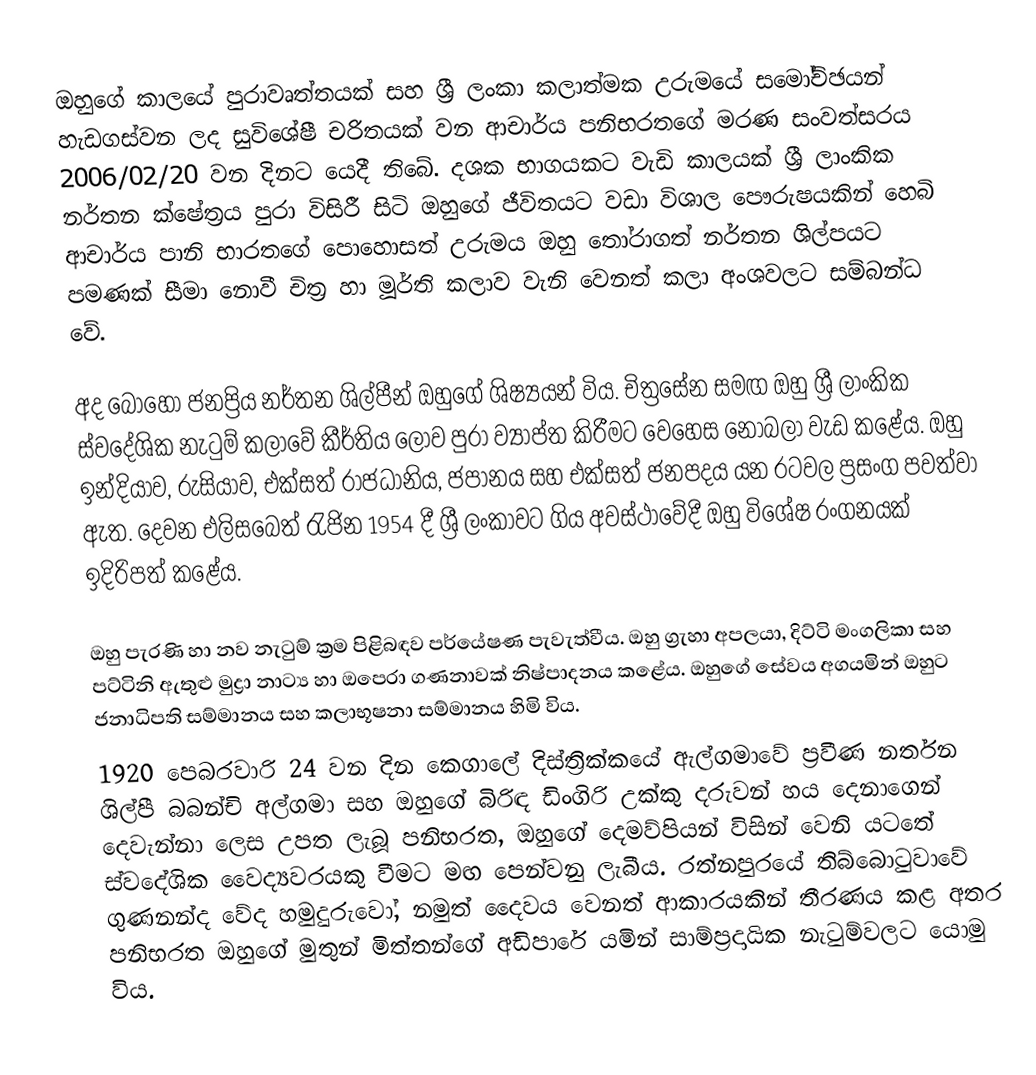
ඔහුගේ කාලයේ පුරාවෘත්තයක් සහ ශ්‍රී ලංකා කලාත්මක උරුමයේ සමෝච්ඡයන් හැඩගස්වන ලද සුවිශේෂී චරිතයක් වන ආචාර්ය පනිභරතගේ මරණ සංවත්සරය 2006/02/20 වන දිනට යෙදී තිබේ. දශක භාගයකට වැඩි කාලයක් ශ්‍රී ලාංකික නර්තන ක්ෂේත්‍රය පුරා විසිරී සිටි ඔහුගේ ජීවිතයට වඩා විශාල පෞරුෂයකින් හෙබි ආචාර්ය පානි භාරතගේ පොහොසත් උරුමය ඔහු තෝරාගත් නර්තන ශිල්පයට පමණක් සීමා නොවී චිත්‍ර හා මූර්ති කලාව වැනි වෙනත් කලා අංශවලට සම්බන්ධ වේ.

අද බොහෝ ජනප්‍රිය නර්තන ශිල්පීන් ඔහුගේ ශිෂ්‍යයන් විය. චිත්‍රසේන සමඟ ඔහු ශ්‍රී ලාංකික ස්වදේශික නැටුම් කලාවේ කීර්තිය ලොව පුරා ව්‍යාප්ත කිරීමට වෙහෙස නොබලා වැඩ කළේය. ඔහු ඉන්දියාව, රුසියාව, එක්සත් රාජධානිය, ජපානය සහ එක්සත් ජනපදය යන රටවල ප්‍රසංග පවත්වා ඇත. දෙවන එලිසබෙත් රැජින 1954 දී ශ්‍රී ලංකාවට ගිය අවස්ථාවේදී ඔහු විශේෂ රංගනයක් ඉදිරිපත් කළේය.

ඔහු පැරණි හා නව නැටුම් ක්‍රම පිළිබඳව පර්යේෂණ පැවැත්වීය. ඔහු ග්‍රැහා අපලයා, දිට්ටි මංගලිකා සහ පට්ටිනි ඇතුළු මුද්‍රා නාට්‍ය හා ඔපෙරා ගණනාවක් නිෂ්පාදනය කළේය. ඔහුගේ සේවය අගයමින් ඔහුට ජනාධිපති සම්මානය සහ කලාභූෂනා සම්මානය හිමි විය.
1920 පෙබරවාරි 24 වන දින කෙගාලේ දිස්ත්‍රික්කයේ ඇල්ගමාවේ ප්‍රවීණ නර්තන ශිල්පී බබන්චි අල්ගමා සහ ඔහුගේ බිරිඳ ඩිංගිරි උක්කු දරුවන් හය දෙනාගෙන් දෙවැන්නා ලෙස උපත ලැබූ පනිභරත, ඔහුගේ දෙමව්පියන් විසින් වෙනි යටතේ ස්වදේශික වෛද්‍යවරයකු වීමට මඟ පෙන්වනු ලැබීය. රත්නපුරයේ තිබ්බොටුවාවේ ගුණනන්ද වේද හමුදුරුවෝ, නමුත් දෛවය වෙනත් ආකාරයකින් තීරණය කළ අතර පනිභරත ඔහුගේ මුතුන් මිත්තන්ගේ අඩිපාරේ යමින් සාම්ප්‍රදායික නැටුම්වලට යොමු විය.